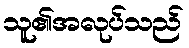
သူ၏အလုပ်သည်